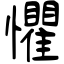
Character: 懼